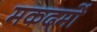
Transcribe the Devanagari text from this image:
मकदमों